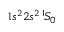
1 s ^ { 2 } 2 s ^ { 2 } \, ^ { 1 \! } S _ { 0 }